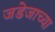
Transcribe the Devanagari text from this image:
जडेजाच्या